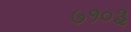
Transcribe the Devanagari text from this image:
७१०३